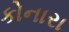
કોનારા